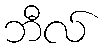
ဘီလ်